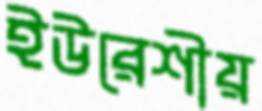
ইউরেশীয়